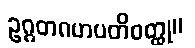
ဥဂ္ဂတဂဟပတိဝတ္ထု။